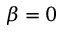
\beta = 0